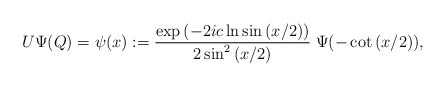
\begin{align*}U\Psi (Q)=\psi (x):=\frac{\exp{(-2ic\ln \sin{(x/2)})}}{2\sin^2{(x/2)}}\;\Psi(-\cot{(x/2)}),\end{align*}